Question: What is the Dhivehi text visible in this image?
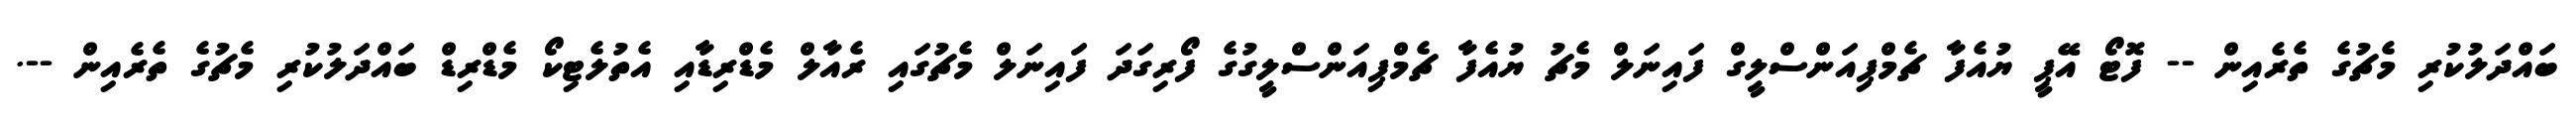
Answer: ބައްދަލުކުރި މެޗުގެ ތެރެއިން -- ފޮޓޯ އޭޕީ ޔުއެފާ ޗެމްޕިއަންސްލީގް ފައިނަލް މެޗު ޔުއެފާ ޗެމްޕިއަންސްލީގުގެ ފޯރިގަދަ ފައިނަލް މެޗުގައި ރެއާލް މެޑްރިޑާއި އެތުލެޓިކޯ މެޑްރިޑް ބައްދަލުކުރި މެޗުގެ ތެރެއިން --.